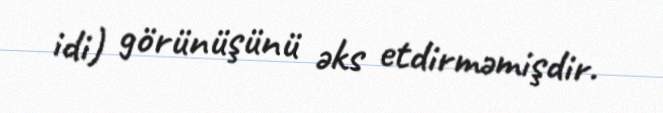
idi) görünüşünü əks etdirməmişdir.